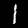
Digit: 1